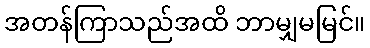
အတန်ကြာသည်အထိ ဘာမျှမမြင်။